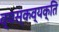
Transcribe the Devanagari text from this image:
व्यस्कव्यक्ति